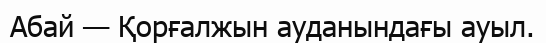
Абай — Қорғалжын ауданындағы ауыл.